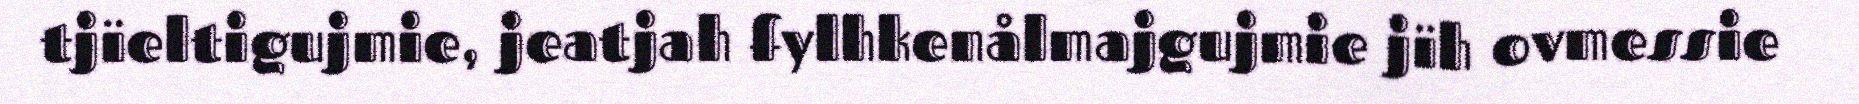
tjïeltigujmie, jeatjah fylhkenålmajgujmie jïh ovmessie